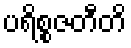
ပရိစ္စဇတီတိ